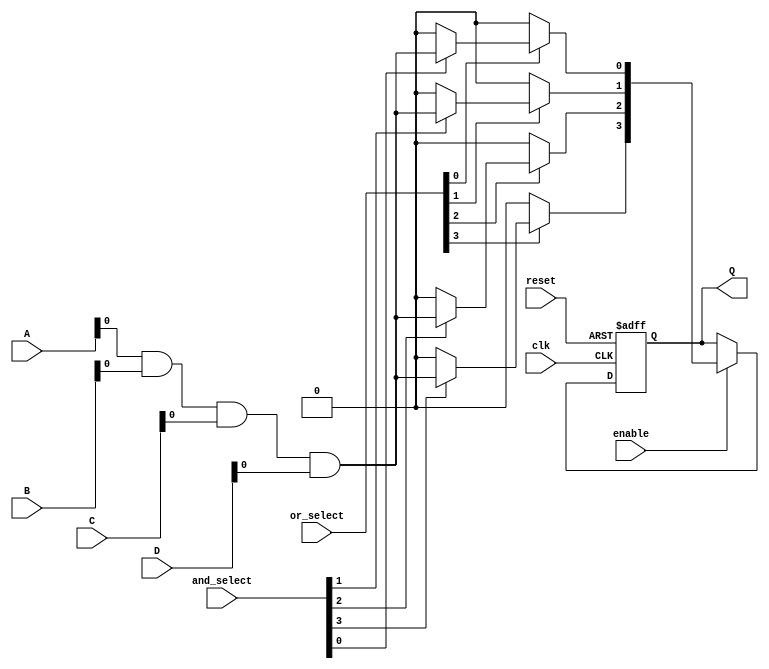
module rpal #(parameter NUM_INPUTS = 4,       // Number of inputs
              parameter NUM_AND_GATES = 8,   // Number of AND gates
              parameter NUM_OR_GATES = 4)    // Number of OR gates
(
    input  wire [NUM_INPUTS-1:0] A,        // Input lines
    input  wire [NUM_INPUTS-1:0] B,
    input  wire [NUM_INPUTS-1:0] C,
    input  wire [NUM_INPUTS-1:0] D,
    input  wire clk,                        // Clock signal
    input  wire reset,                      // Reset signal
    input  wire enable,                     // Enable control signal
    input  wire [NUM_AND_GATES-1:0] and_select, // Control for AND gates
    input  wire [NUM_OR_GATES-1:0] or_select,   // Control for OR gates
    output reg [NUM_OR_GATES-1:0] Q        // Registered outputs
);

// Internal signals for AND and OR gates
wire [NUM_AND_GATES-1:0] and_outputs; // Outputs of AND gates
wire [NUM_OR_GATES-1:0] or_outputs;   // Outputs of OR gates

// AND array - programmable logic
genvar i;
generate
    for (i = 0; i < NUM_AND_GATES; i = i + 1) begin : and_gate
        assign and_outputs[i] = (and_select[i]) ? (A & B & C & D) : 1'b0; // AND logic based on selection
    end
endgenerate

// OR array - programmable logic
genvar j;
generate
    for (j = 0; j < NUM_OR_GATES; j = j + 1) begin : or_gate
        assign or_outputs[j] = (or_select[j]) ? (and_outputs[j % NUM_AND_GATES]) : 1'b0; // OR logic based on selection
    end
endgenerate

// Registered outputs
always @(posedge clk or posedge reset) begin
    if (reset) begin
        Q <= 0;  // Reset outputs to zero
    end else if (enable) begin
        Q <= or_outputs; // Capture OR outputs on clock edge
    end
end

endmodule